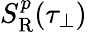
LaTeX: S_{\mathrm{{R}}}^{p}(\tau_{\perp})